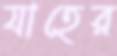
যাহের